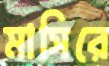
মাসিরে